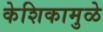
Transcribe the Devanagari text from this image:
केशिकामुळे